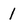
Character: 1